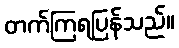
တက်ကြရပြန်သည်။